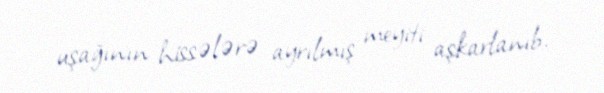
uşağının hissələrə ayrılmış meyiti aşkarlanıb.